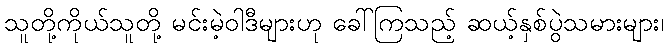
သူတို့ကိုယ်သူတို့ မင်းမဲ့ဝါဒီများဟု ခေါ်ကြသည့် ဆယ့်နှစ်ပွဲသမားများ၊